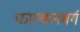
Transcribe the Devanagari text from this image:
फाल्कनबर्ग